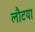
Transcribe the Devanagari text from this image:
लौटया